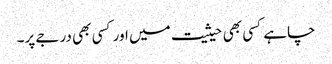
چاہے کسی بھی حیثیت میں اور کسی بھی درجے پر۔